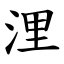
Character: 浬